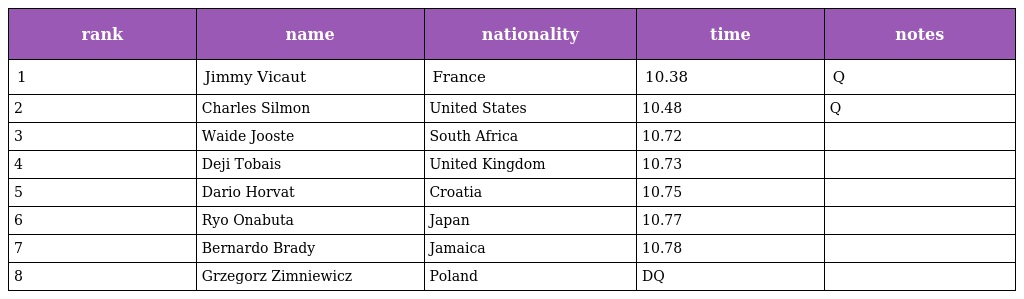
| rank | name | nationality | time | notes |
 | --- | --- | --- | --- | --- |
 | 1 | Jimmy Vicaut | France | 10.38 | Q |
 | 2 | Charles Silmon | United States | 10.48 | Q |
 | 3 | Waide Jooste | South Africa | 10.72 |  |
 | 4 | Deji Tobais | United Kingdom | 10.73 |  |
 | 5 | Dario Horvat | Croatia | 10.75 |  |
 | 6 | Ryo Onabuta | Japan | 10.77 |  |
 | 7 | Bernardo Brady | Jamaica | 10.78 |  |
 | 8 | Grzegorz Zimniewicz | Poland | DQ |  |